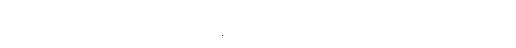
အမှတ်တရ ဝတ္ထုမှာ ချစ်သူစုံတွဲ အတူနေတဲ့အကြောင်း ရေးရာက ဂယက်ရိုက်သွားတဲ့ ဂျူးဟာ